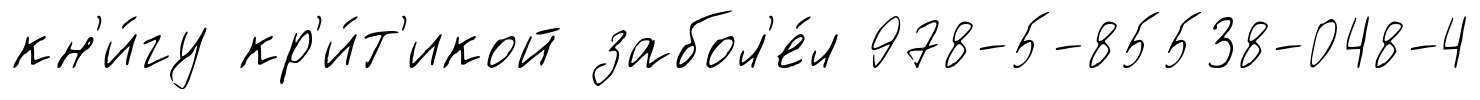
кн'и́гу кр'и́т'икой забол'е́л 978-5-85538-048-4